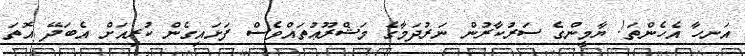
އަނހާ އެހެންތަ! ޔާމީންގެ ސަރުކާރުން ނަރުދަމާގެ މަޝްރޫޢުތައްވެސް ފަށައިގެން ކުރިއަށް އެބަދޭ އޮތަ